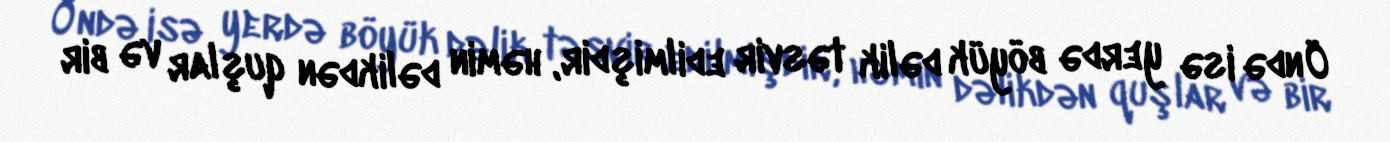
Öndə isə yerdə böyük dəlik təsvir edilmişdir, həmin dəlikdən quşlar və bir